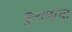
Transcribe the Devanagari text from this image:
कुराणांचा